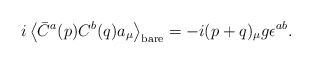
\begin{align*}i\left<\bar C^a(p)C^b(q)a_\mu\right>_{\rm bare} =-i(p+q)_\mu g\epsilon^{ab}.\end{align*}